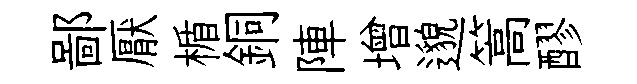
鄙厭楯銅陣增邈篙醪